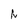
Character: N